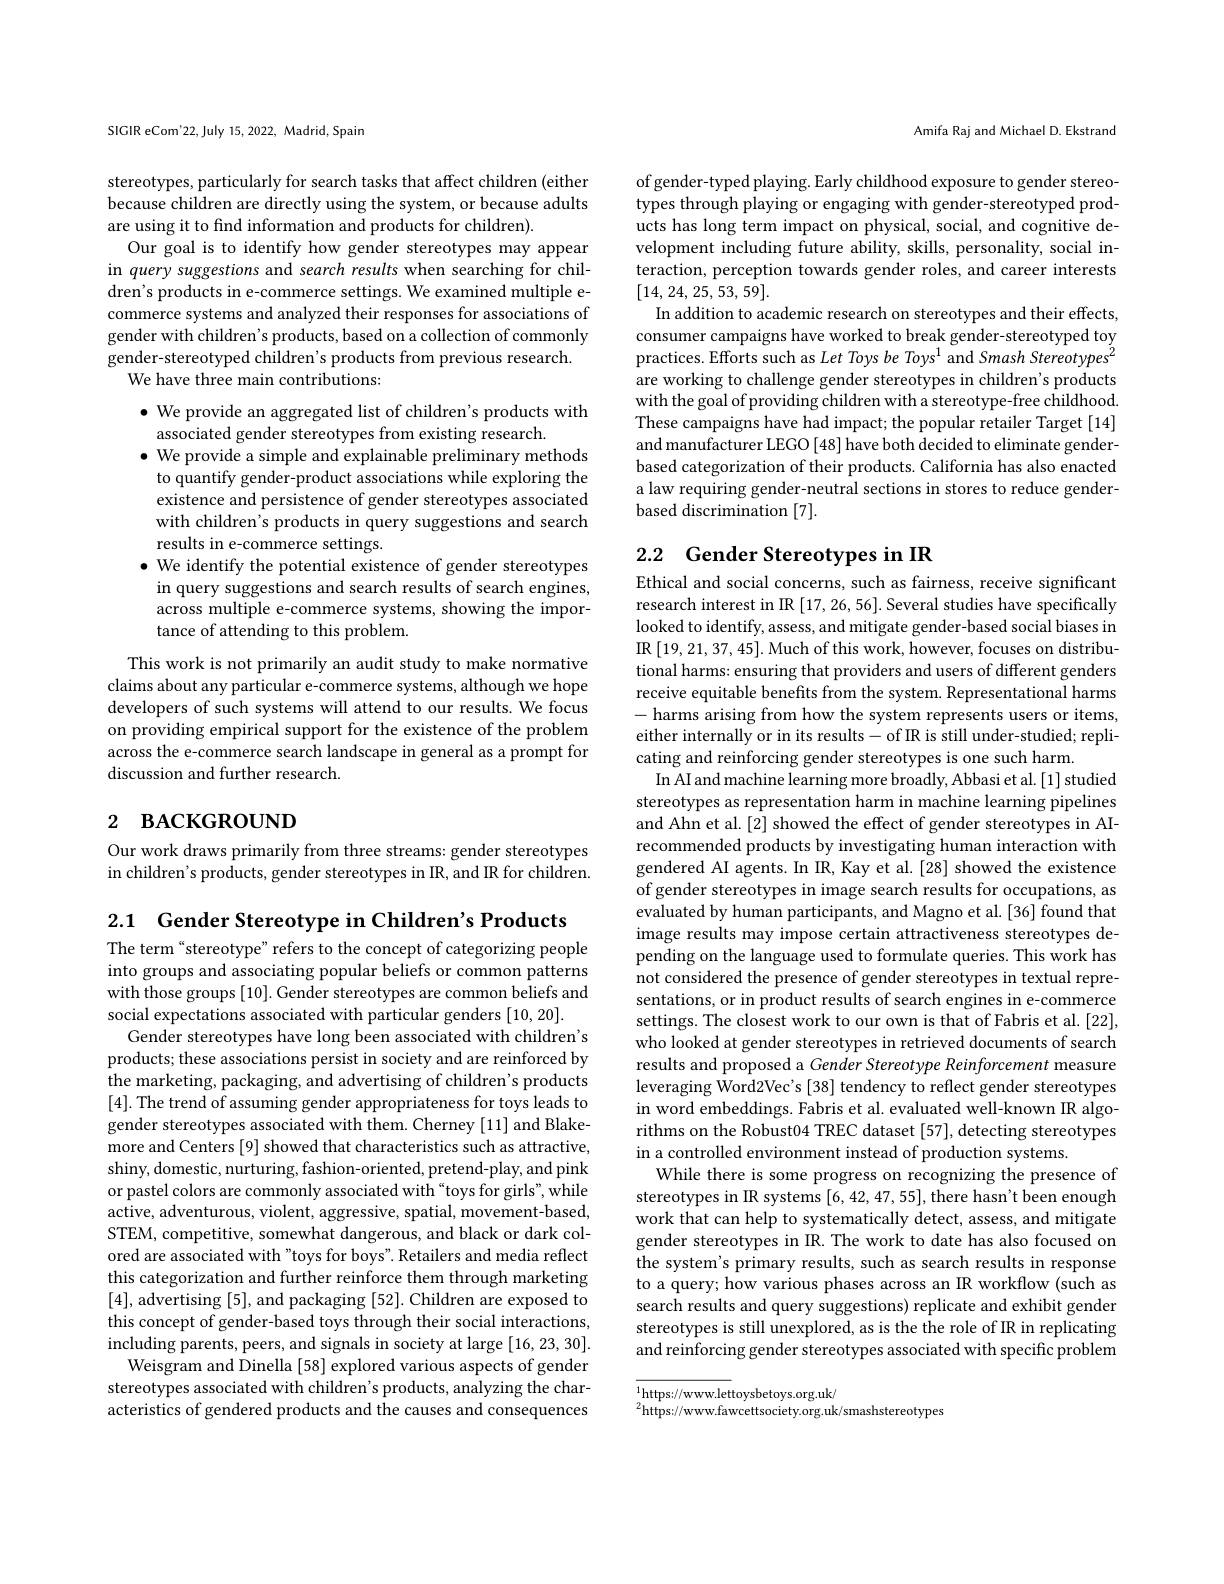
SIGIR eCom'22, July 15,2022, Madrid, Spain

stereotypes, particularly for search tasks that affect children (either because children are directly using the system, or because adults are using it to find information and products for children).
Our goal is to identify how gender stereotypes may appear in query suggestions and search results when searching for children's products in e-commerce settings. We examined multiple ecommerce systems and analyzed their responses for associations of gender with children's products, based on a collection of commonly gender-stereotyped children's products from previous research.
We have three main contributions:

$\bullet$ We provide an aggregated list of children's products with
associated gender stereotypes from existing research.
$\bullet$ We provide a simple and explainable preliminary methods to quantify gender-product associations while exploring the existence and persistence of gender stereotypes associated with children's products in query suggestions and search results in e-commerce settings.
$\bullet$ We identify the potential existence of gender stereotypes in query suggestions and search results of search engines, across multiple e-commerce systems, showing the importance of attending to this problem.

This work is not primarily an audit study to make normative claims about any particular e-commerce systems, although we hope developers of such systems will attend to our results. We focus on providing empirical support for the existence of the problem across the e-commerce search landscape in general as a prompt for discussion and further research.

# 2 васкєво$\upsilon$притен

Our work draws primarily from three streams: gender stereotypes in children's products, gender stereotypes in IR, and IR for children

Amifa Raj and Michael D. Ekstrand

of gender-typed playing. Early childhood exposure to gender stereotypes through playing or engaging with gender-stereotyped products has long term impact on physical, social, and cognitive development including future ability, skills, personality, social interaction, perception towards gender roles, and career interests [14, 24, 25, 53, 59].
In addition to academic research on stereotypes and their effects consumer campaigns have worked to break gender-stereotyped toy practices. Efforts such as Let Toys be Toys$^1$ and Smash Stereotypes$^2$ are working to challenge gender stereotypes in children's products with the goal of providing children with a stereotype-free childhood. These campaigns have had impact; the popular retailer Target [14] and manufacturer LEGO [48] have both decided to eliminate genderbased categorization of their products. California has also enacted a law requiring gender-neutral sections in stores to reduce genderbased discrimination [7].

# 2.2 Gender Stereotypes in IR

Ethical and social concerns, such as fairness, receive significant research interest in IR [17,26,56]. Several studies have specifically looked to identify, assess, and mitigate gender-based social biases in IR[19,21,37,45].Much of this work, however, focuses on distributional harms: ensuring that providers and users of different genders receive equitable benefits from the system. Representational harms -harms arising from how the system represents users or items, either internally or in its results- of IR is still under-studied; replicating and reinforcing gender stereotypes is one such harm.
In AI and machine learning more broadly, Abbasi et al. [1] studied stereotypes as representation harm in machine learning pipelines and Ahn et al. [2] showed the effect of gender stereotypes in AIrecommended products by investigating human interaction with gendered AI agents. In IR, Kay et al.[28] showed the existence of gender stereotypes in image search results for occupations, as evaluated by human participants, and Magno et al.[36] found that image results may impose certain attractiveness stereotypes depending on the language used to formulate queries. This work has not considered the presence of gender stereotypes in textual representations, or in product results of search engines in e-commerce settings. The closest work to our own is that of Fabris et al. [22], who looked at gender stereotypes in retrieved documents of search results and proposed a Gender Stereotype Reinforcement measure leveraging Word2Vec's [38] tendency to reflect gender stereotypes in word embeddings. Fabris et al. evaluated well-known IR algorithms on the Robust04 TREC dataset [57], detecting stereotypes in a controlled environment instead of production systems.
While there is some progress on recognizing the presence of stereotypes in IR systems [6,42,47,55],there hasn't been enough work that can help to systematically detect, assess, and mitigate gender stereotypes in IR. The work to date has also focused on the system's primary results, such as search results in response to a query; how various phases across an IR workflow (such as search results and query suggestions) replicate and exhibit gender stereotypes is still unexplored, as is the the role of IR in replicating and reinforcing gender stereotypes associated with specific problem $^{1}\underset{n}{\operatorname*{https://www.lettoysbetoys.org.uk/}}{}$

$^{2}$https://www.fawcettsociety.org.uk/smashstereotypes

2.1 Gender Stereotype in Children's Products
The term“stereotype” refers to the concept of categorizing people into groups and associating popular beliefs or common patterns with those groups [10]. Gender stereotypes are common beliefs and social expectations associated with particular genders [10,20].
Gender stereotypes have long been associated with children's products; these associations persist in society and are reinforced by the marketing, packaging, and advertising of children's products [4]. The trend of assuming gender appropriateness for toys leads to gender stereotypes associated with them. Cherney [11] and Blakemore and Centers [9] showed that characteristics such as attractive, shiny, domestic, nurturing, fashion- oriented, pretend-play, and pink or pastel colors are commonly associated with "toys for girls", while $\hat{\text{active, adventurous, violent, aggressive, spatial, movement-based,}}$ STEM, competitive, somewhat dangerous, and black or dark colored are associated with "toys for boys". Retailers and media reflect this categorization and further reinforce them through marketing [4], advertising [5], and packaging [52]. Children are exposed to this concept of gender-based toys through their social interactions, including parents, peers, and signals in society at large [16,23,30].
Weisgram and Dinella [58] explored various aspects of gender stereotypes associated with children's products, analyzing the characteristics of gendered products and the causes and consequences